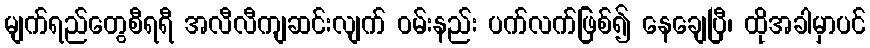
မျက်ရည်တွေစီရရီ အလီလီကျဆင်းလျက် ဝမ်းနည်း ပက်လက်ဖြစ်၍ နေချေပြီ၊ ထိုအခါမှာပင်